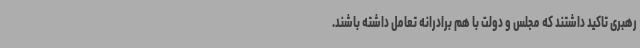
رهبری تاکید داشتند که مجلس و دولت با هم برادرانه تعامل داشته باشند.